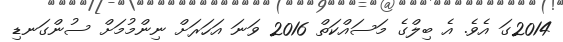
2014ގަ އެވެ. އެ ބިލްގެ މަސައްކަތް 2016 ވަނަ އަހަރަށް ނިންމުމަށް ސުންގަނޑި